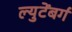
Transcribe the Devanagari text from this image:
ल्युटेंबर्ग